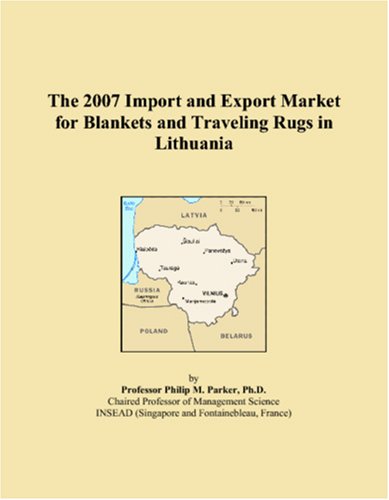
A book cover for The 2007 Import and Export Market for Blankets and Traveling Rugs in Lithuania; Parker, Philip M.; Travel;